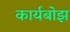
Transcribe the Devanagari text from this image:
कार्यबोझ